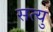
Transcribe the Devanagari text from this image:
सत्यु